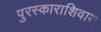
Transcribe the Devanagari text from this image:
पुरस्काराशिवाय